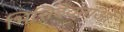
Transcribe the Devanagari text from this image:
भित्तिदेवताओं